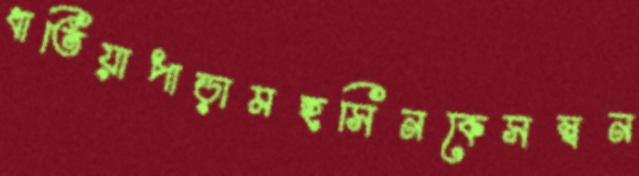
ধাতিয়াপাড়ামহসিনকেসম্বন